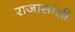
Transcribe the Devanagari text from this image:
राजासांसी